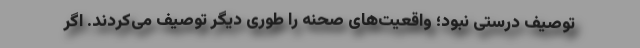
توصیف درستی نبود؛ واقعیت‌های صحنه را طوری دیگر توصیف می‌کردند. اگر